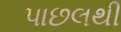
પાછલથી